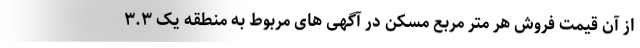
از آن قیمت فروش هر متر مربع مسکن در آگهی های مربوط به منطقه یک ۳.۳